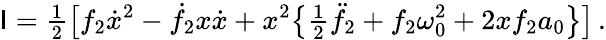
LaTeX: \mathsf{I}={\textstyle\frac{{1}}{{2}}}\big[f_{2}\dot{{x}}^{2}-\dot{{f}}_{2}x\dot{{x}}+x^{2}\big\{ {\textstyle\frac{{1}}{{2}}}\ddot{{f}}_{2}+f_{2}\omega_{0}^{2}+2xf_{2}a_{0}\big\} \big]\, .